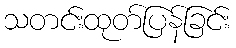
သတင်းထုတ်ပြန်ခြင်း